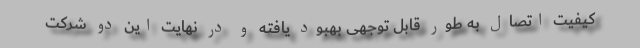
کیفیت اتصال به طور قابل توجهی بهبود یافته و در نهایت این دو شرکت